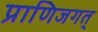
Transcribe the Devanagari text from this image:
प्राणिजगत्